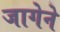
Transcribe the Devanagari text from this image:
जागेने